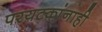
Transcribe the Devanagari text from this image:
परयटकांनाही